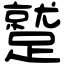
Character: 蹵